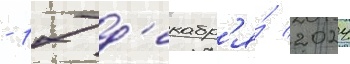
- 17 д'екабр'я́ 2024